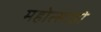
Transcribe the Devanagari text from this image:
महोत्साहो